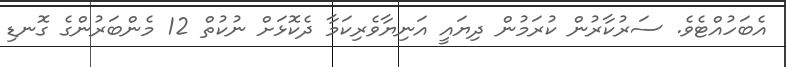
އެބަހުއްޓެވެ. ސަރުކާރުން ކުރަމުން ދިޔައީ އަނިޔާވެރިކަމާ ދެކޮޅަށް ނުކުތް 12 މެންބަރުންގެ ގޮނޑި